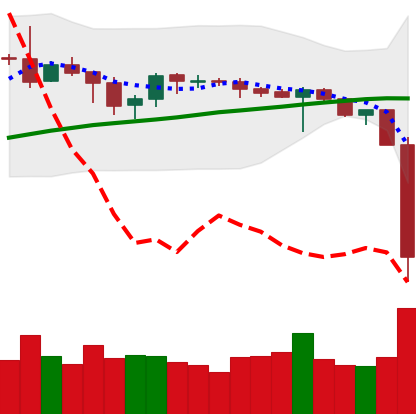
Ticker: BTC-USD
Chart end date: 2019-09-24
Forward return: -5.99%
Label: down_5_7